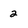
Character: 2